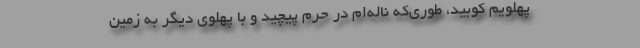
پهلویم کوبید، طوری‌که ناله‌ام در حرم پیچید و با پهلوی دیگر به زمین